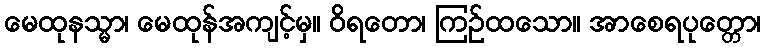
မေထုနသ္မာ၊ မေထုန်အကျင့်မှ။ ဝိရတော၊ ကြဉ်ထသော။ အာစေရပုတ္တော၊